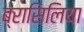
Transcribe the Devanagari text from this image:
ब्रासिलिया